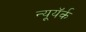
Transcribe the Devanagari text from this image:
न्यूयॅर्क